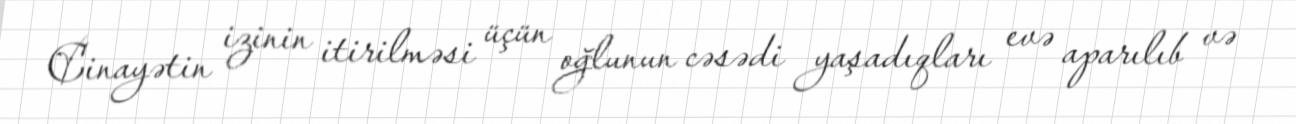
Cinayətin izinin itirilməsi üçün oğlunun cəsədi yaşadıqları evə aparılıb və